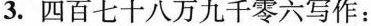
3.四百七十八万九千零六写作：